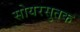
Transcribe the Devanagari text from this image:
सोयरसुतक